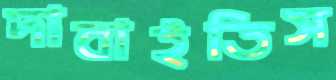
দাবাইতিস